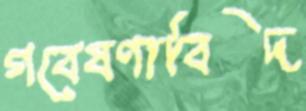
গবেষণাবিদ